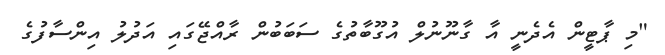
"މި ޕާޓީން އެދެނީ އާ ގާނޫނުލް އުގޫބާތުގެ ސަބަބުން ރާއްޖޭގައި އަދުލު އިންސާފުގެ